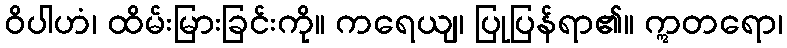
ဝိပါဟံ၊ ထိမ်းမြားခြင်းကို။ ကရေယျ၊ ပြုပြန်ရာ၏။ ဣတရော၊